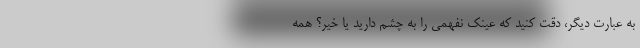
به عبارت دیگر، دقت کنید که عینک نفهمی را به چشم دارید یا خیر؟ همهٔ